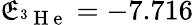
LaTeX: \mathfrak{E}_{^3\mathrm{{~H~e~}}}=-7.716